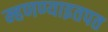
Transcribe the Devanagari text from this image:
म्हणण्याइतपत